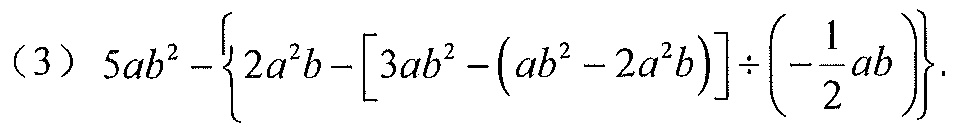
（3）\(5ab^{2}-\left\{2a^{2}b-\left[3ab^{2}-\left(ab^{2}-2a^{2}b\right)\right]\div\left(-\frac{1}{2}ab\right)\right\}\).